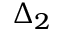
\Delta _ { 2 }